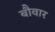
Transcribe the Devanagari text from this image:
बौवार